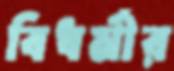
বিধর্মীর